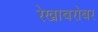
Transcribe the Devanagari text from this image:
रेखाबरोबर